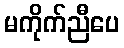
မကိုက်ညီပေ